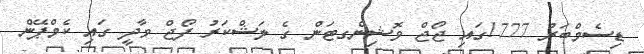
ޑިސެމްބަރު 1777ގައި ޖޯޖް ވޮޝިންގޓަން ގެ ލަޝްކަރު ފޯޖް ވާދީ ގައި ކެމްޕޭން